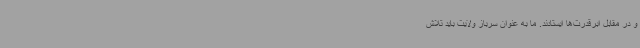
و در مقابل ابرقدرت‌ها ایستادند. ما به عنوان سرباز ولایت باید تلاش